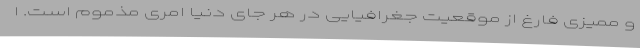
و ممیزی فارغ از موقعیت جغرافیایی در هر جای دنیا امری مذموم است. ا